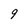
Character: 9